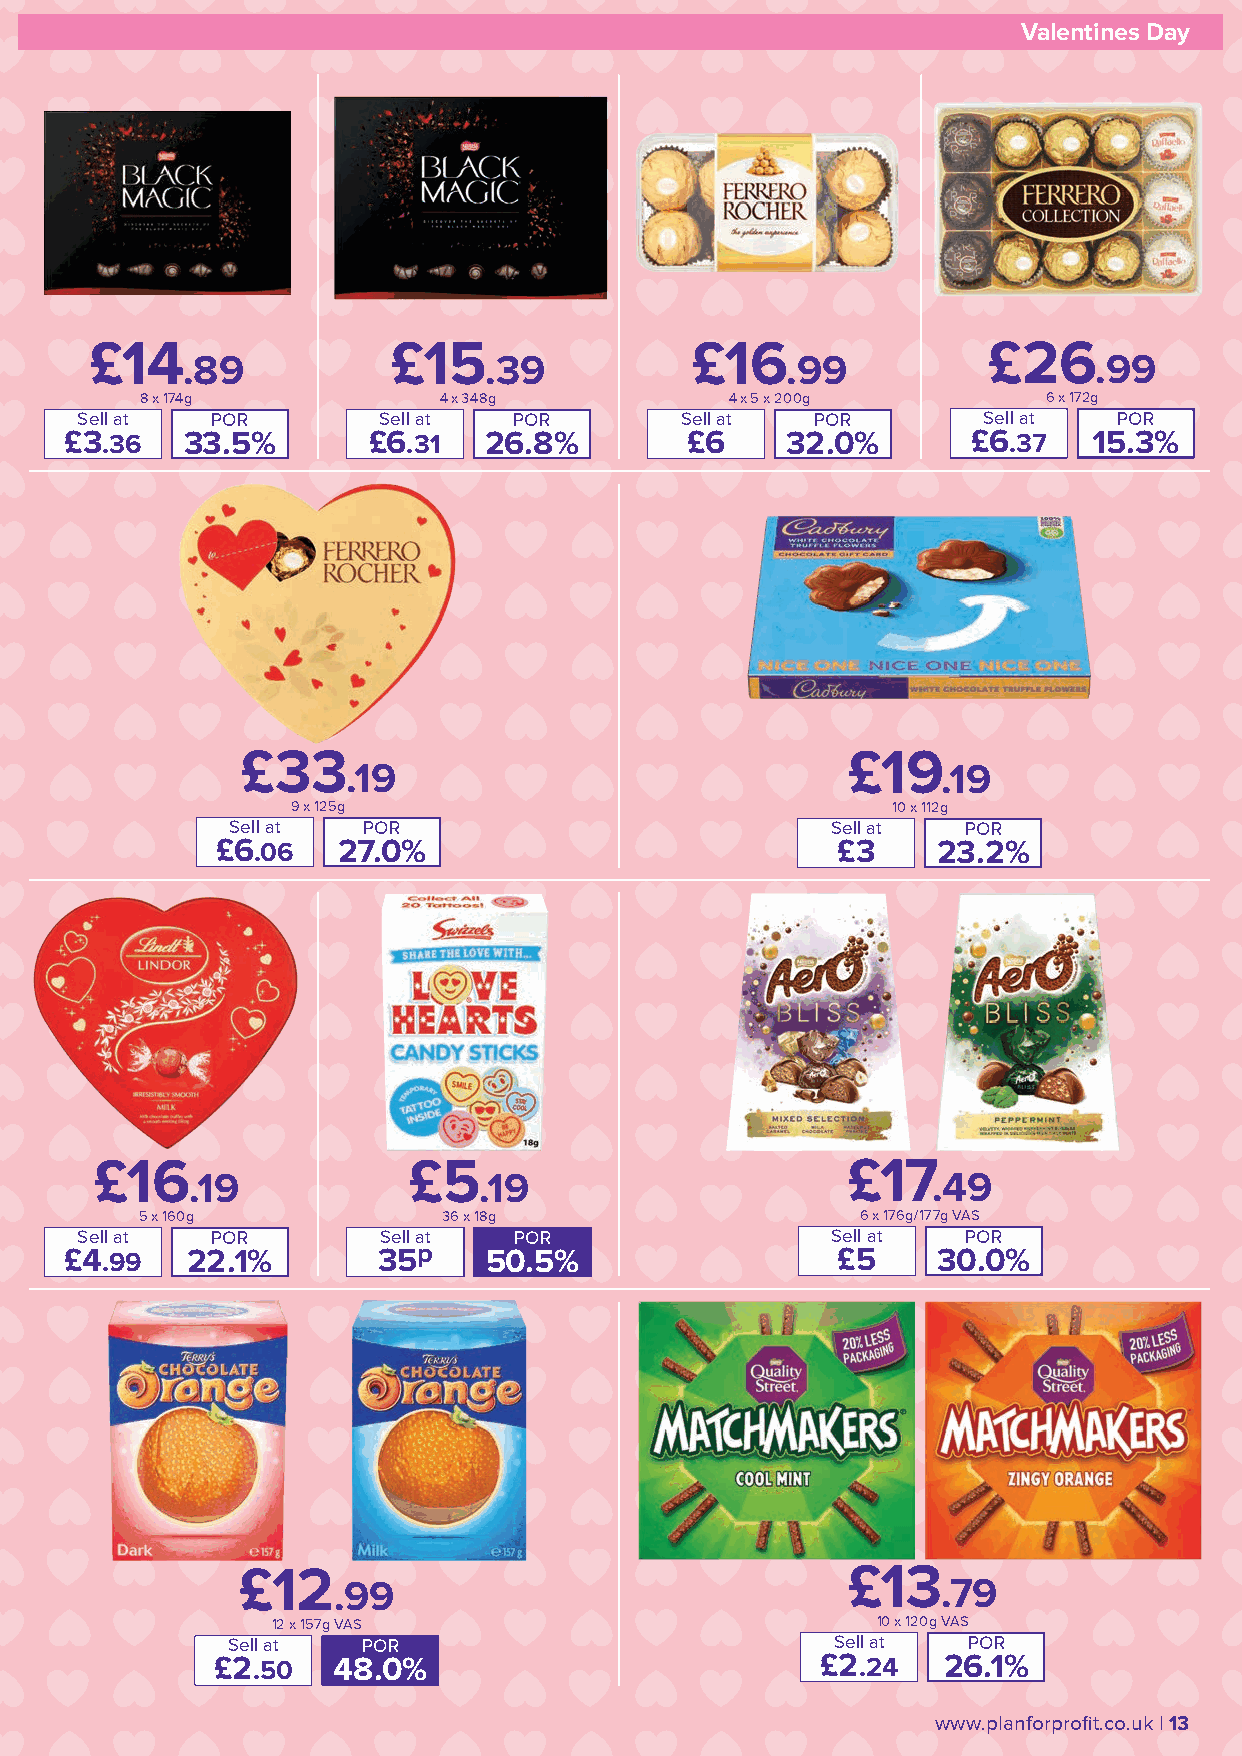
Valentines Day                                                          Valentines Day
 £14                 £15                 £16                £26
 .89                 .39                 .99                  .99
 8 x 174g            4 x 348g           4 x 5 x 200g         6 x 172g
 Sell at  POR        Sell at  POR        Sell at  POR        Sell at  POR
 £3.36   33.5%        £6.31  26.8%         £6    32.0%       £6.37   15.3%
 £33                                     £19
 .19                                    .19
 9 x 125g                                10 x 112g
 Sell at  POR                            Sell at  POR
 £6.06   27.0%                             £3    23.2%
 £16                  £5                           £17
 .19                .19                           .49
 5 x 160g            36 x 18g                    6 x 176g/177g VAS
 Sell at  POR        Sell at  POR                  Sell at  POR
 £4.99    22.1%       35p    50.5%                   £5    30.0%
 £12                                     £13
 .99                                     .79
 12 x 157g VAS                           10 x 120g VAS
 Sell at  POR                            Sell at  POR
 £2.50   48.0%                           £2.24    26.1%
 12 | Deals available 31st January - 20th February 2022            www.planforprofit.co.uk | 13